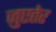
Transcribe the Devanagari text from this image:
ज़ुएतेर